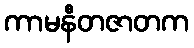
ကာမနီတဇာတက